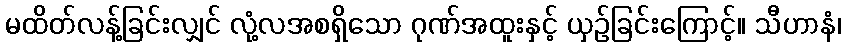
မထိတ်လန့်ခြင်းလျှင် လုံ့လအစရှိသော ဂုဏ်အထူးနှင့် ယှဉ်ခြင်းကြောင့်။ သီဟာနံ၊